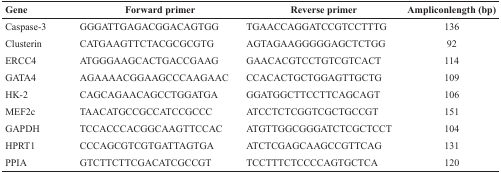
<table><thead><tr><td><b>Gene</b></td><td><b>Forward primer</b></td><td><b>Reverse primer</b></td><td><b>Ampliconlength (bp)</b></td></tr></thead><tbody><tr><td>Caspase-3</td><td>GGGATTGAGACGGACAGTGG</td><td>TGAACCAGGATCCGTCCTTTG</td><td>136</td></tr><tr><td>Clusterin</td><td>CATGAAGTTCTACGCGCGTG</td><td>AGTAGAAGGGGGAGCTCTGG</td><td>92</td></tr><tr><td>ERCC4</td><td>ATGGGAAGCACTGACCGAAG</td><td>GAACACGTCCTGTCGTCACT</td><td>114</td></tr><tr><td>GATA4</td><td>AGAAAACGGAAGCCCAAGAAC</td><td>CCACACTGCTGGAGTTGCTG</td><td>109</td></tr><tr><td>HK-2</td><td>CAGCAGAACAGCCTGGATGA</td><td>GGATGGCTTCCTTCAGCAGT</td><td>106</td></tr><tr><td>MEF2c</td><td>TAACATGCCGCCATCCGCCC</td><td>ATCCTCTCGGTCGCTGCCGT</td><td>151</td></tr><tr><td>GAPDH</td><td>TCCACCCACGGCAAGTTCCAC</td><td>ATGTTGGCGGGATCTCGCTCCT</td><td>104</td></tr><tr><td>HPRT1</td><td>CCCAGCGTCGTGATTAGTGA</td><td>ATCTCGAGCAAGCCGTTCAG</td><td>131</td></tr><tr><td>PPIA</td><td>GTCTTCTTCGACATCGCCGT</td><td>TCCTTTCTCCCCAGTGCTCA</td><td>120</td></tr></tbody></table>